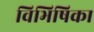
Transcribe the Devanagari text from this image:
विभिषिका